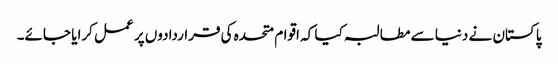
پاکستان نے دنیا سے مطالبہ کیا کہ اقوام متحدہ کی قراردادوں پر عمل کرایا جائے۔